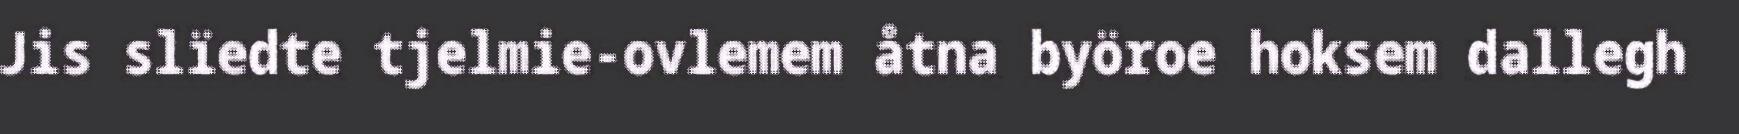
Jis slïedte tjelmie-ovlemem åtna byöroe hoksem dallegh